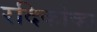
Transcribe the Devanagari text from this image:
रदिकोव्हा